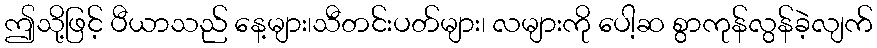
ဤသို့ဖြင့် ပီယာသည် နေ့များ၊သီတင်းပတ်များ၊ လများကို ပေါ့ဆ စွာကုန်လွန်ခဲ့လျက်